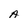
Character: A